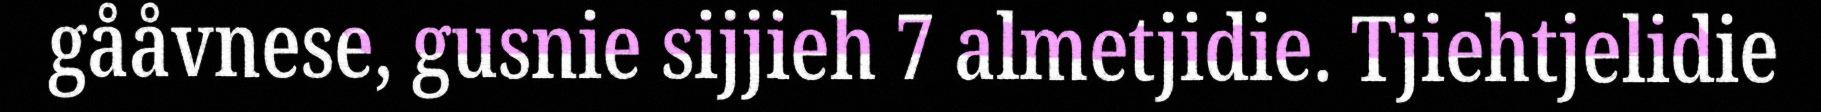
gååvnese, gusnie sijjieh 7 almetjidie. Tjiehtjelidie